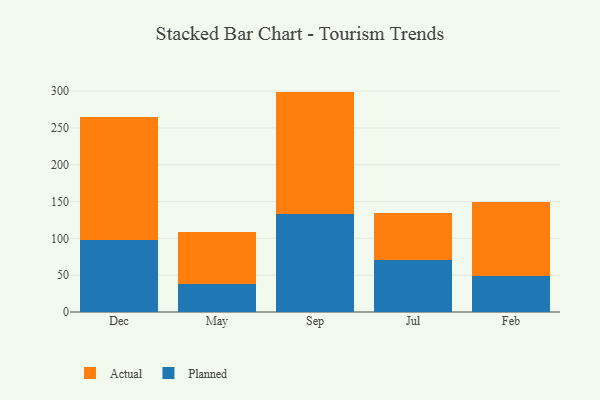
{"axis": {"x": "Month", "y": "Population (Million)"}, "legend": ["Actual", "Planned"], "data": [{"x": "Dec", "y": 97.5, "type": "Planned"}, {"x": "Dec", "y": 167.4, "type": "Actual"}, {"x": "May", "y": 37.7, "type": "Planned"}, {"x": "May", "y": 71.2, "type": "Actual"}, {"x": "Sep", "y": 133.6, "type": "Planned"}, {"x": "Sep", "y": 165.7, "type": "Actual"}, {"x": "Jul", "y": 70.2, "type": "Planned"}, {"x": "Jul", "y": 63.8, "type": "Actual"}, {"x": "Feb", "y": 49.0, "type": "Planned"}, {"x": "Feb", "y": 99.8, "type": "Actual"}]}